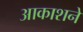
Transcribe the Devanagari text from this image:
आकाशने